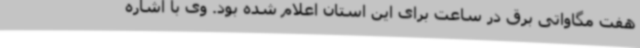
هفت مگاواتی برق در ساعت برای این استان اعلام شده بود. وی با اشاره